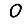
Digit: 0